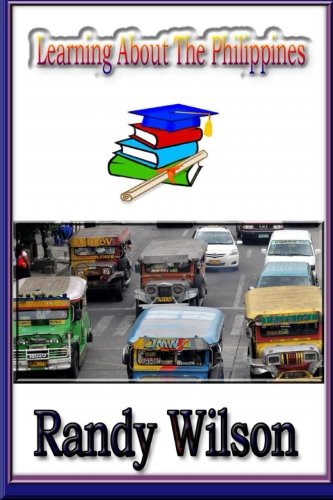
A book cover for Learning About The Philippines; Randy Wilson; Travel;